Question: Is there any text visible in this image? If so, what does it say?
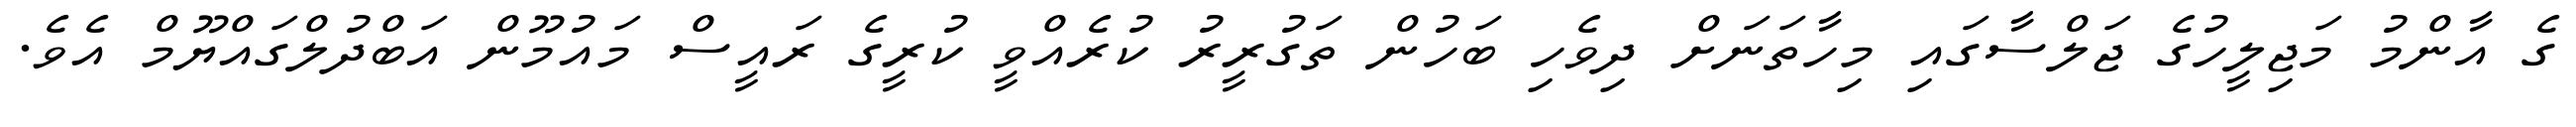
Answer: ގެ އާންމު މަޖިލީހުގެ ޖަލްސާގައި މިހާތަނަށް ދިވެހި ބަހުން ތަގުރީރު ކުރެއްވީ ކުރީގެ ރައީސް މައުމޫން އަބްދުލްގައްޔޫމް އެވެ.